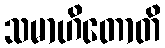
သမာဟိတောတိ